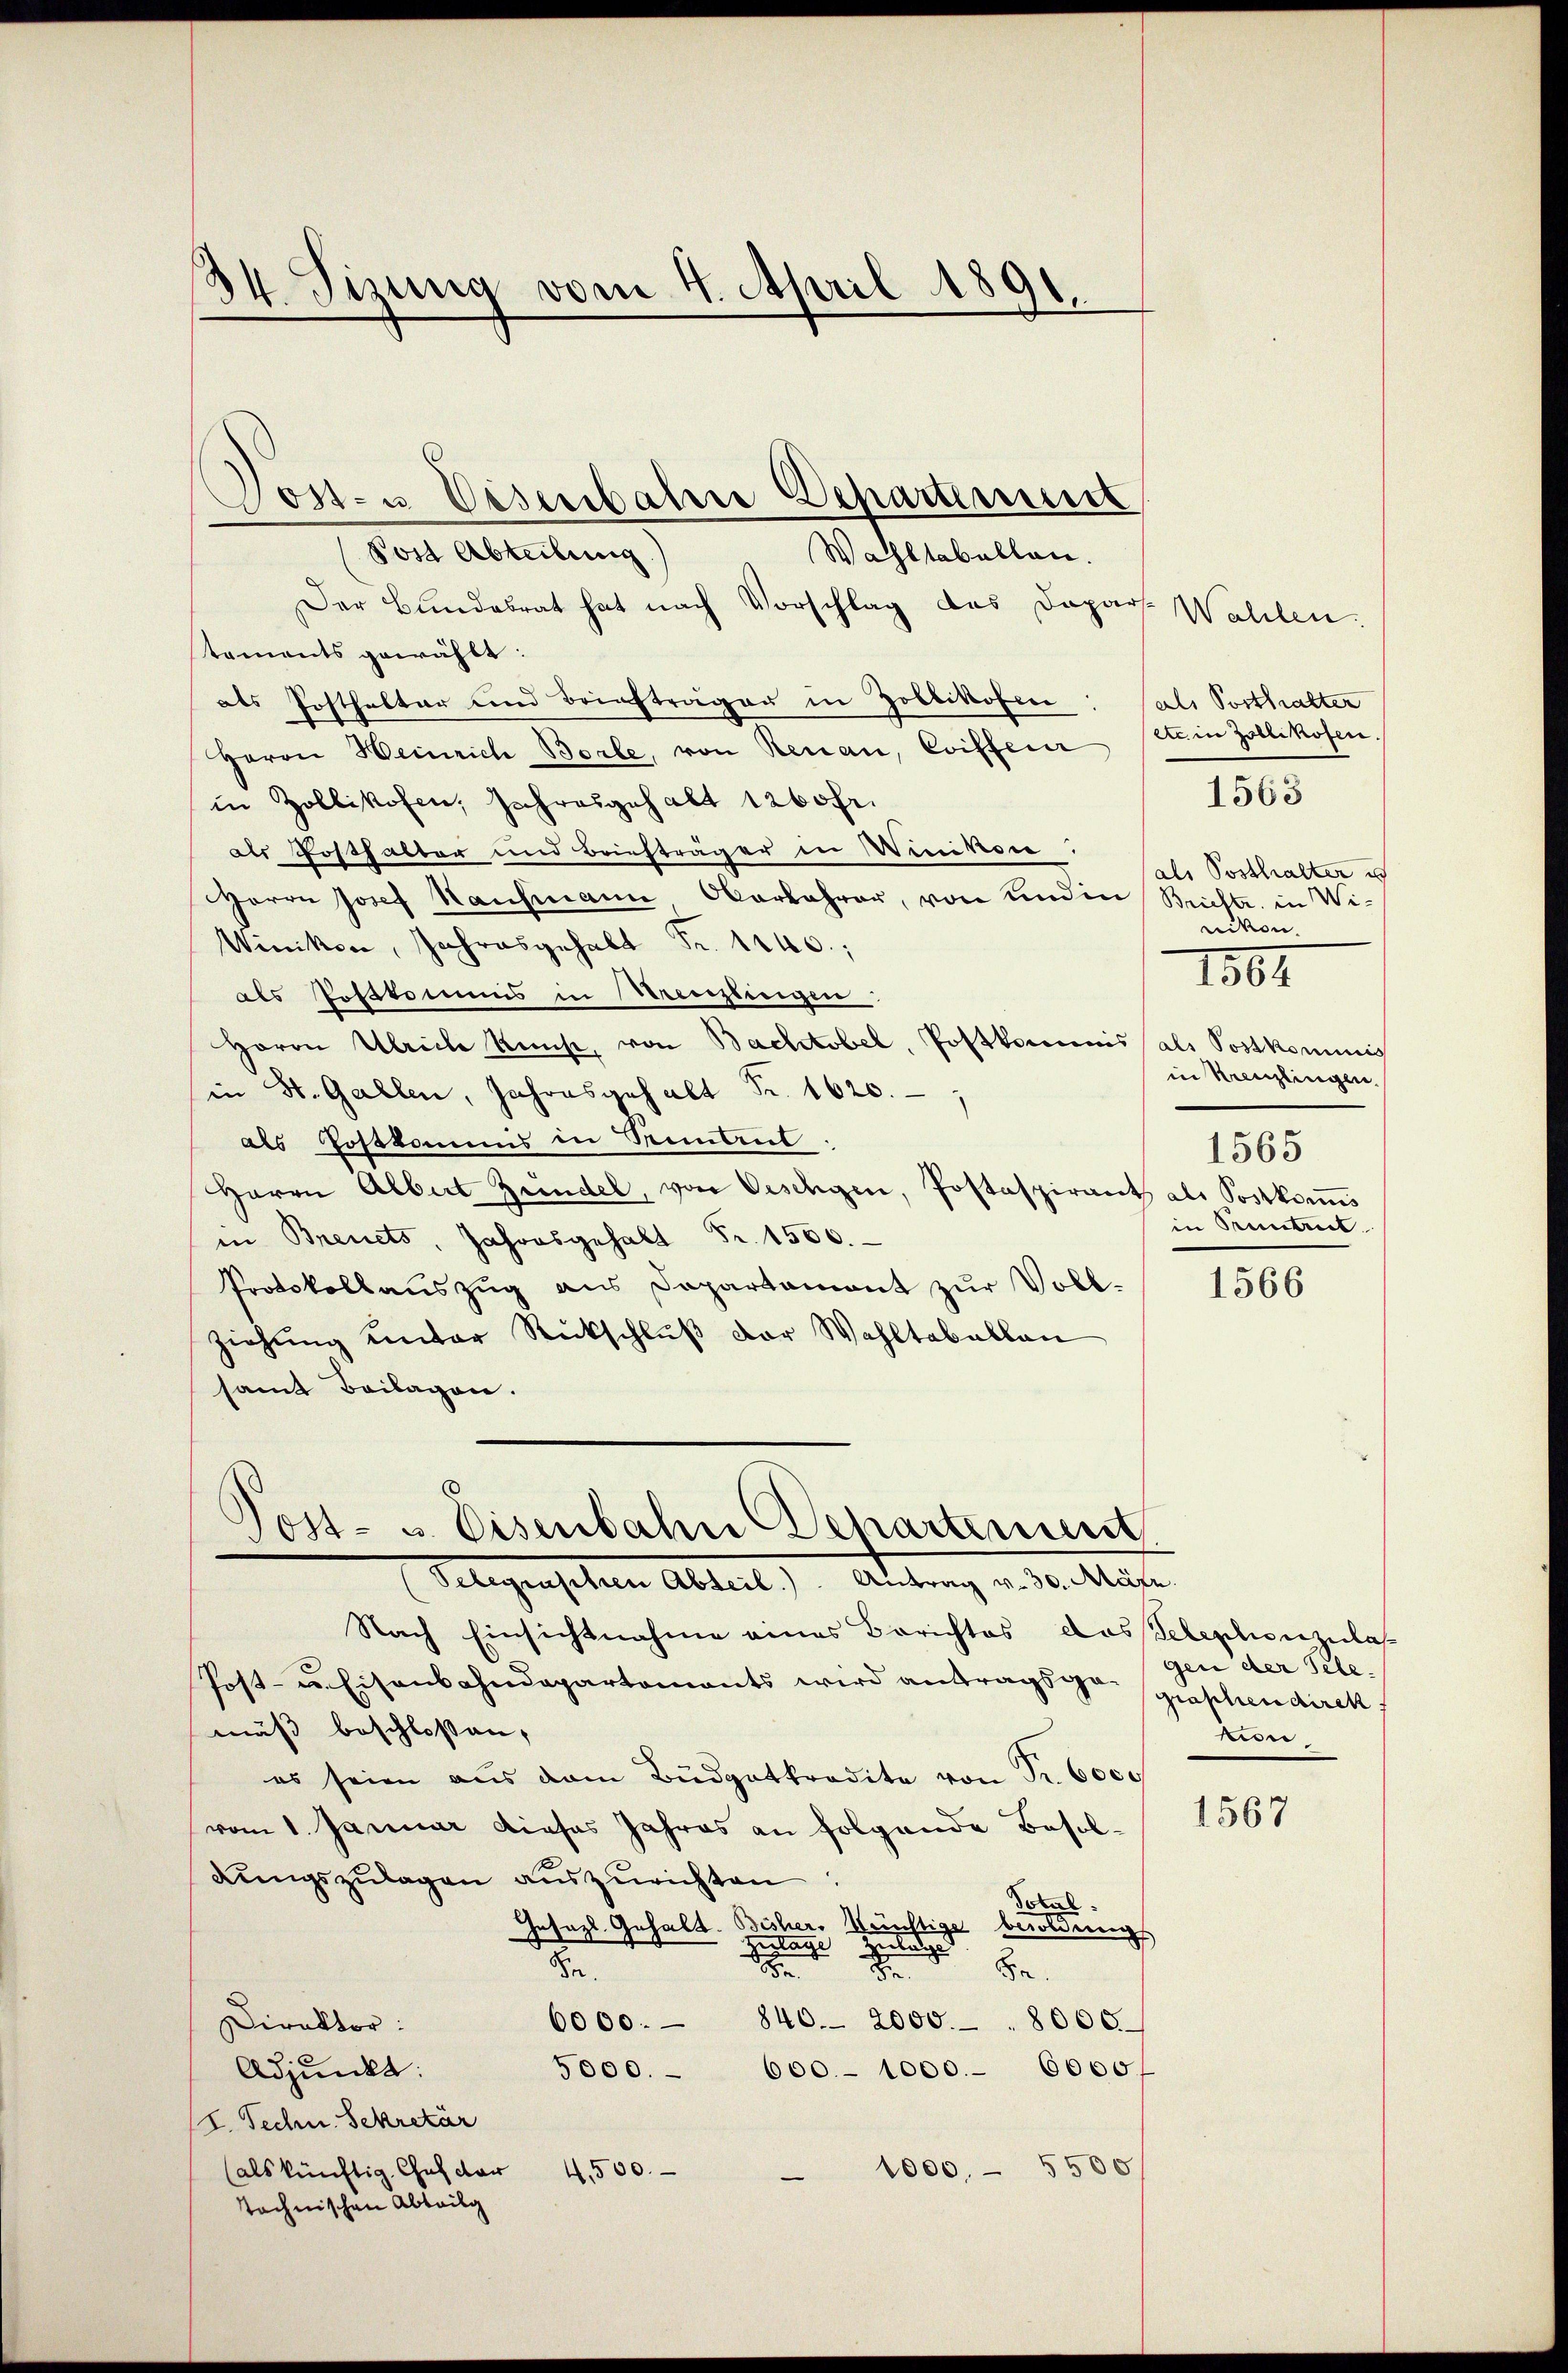
34. Sizung vom 4. April 1891.

Post- u. Eisenbahre Departement
Post Abteilung
Wahltabellen.
Der Bundesrat hat nach Vorschlag des Dapars. Wahlen.
toments gewählt:
als Posthalter und Briefträgen in Zollikofen
Herrn Weinrich Borte, von Renau, Coiffeur
in Zollikofen, Jahresgehalt 1260 fr.
als Posthalter und Briefträger in Winikon
Herrn Josef Kaufmann Oberbahrer, von und in Büchte in Wi¬
Winiker, Jahresgehalt Fr. 1240.
als Postkommis in Kreuzlingen:
Horon Ulriche Kunst, von Bachtobel, Postkommnis (als Postkommnis
in St. Gallen, Jahresgehalt Fr. 1620.
als Postkamms in Romant.
Herrn Albert Zündel, von Oeschigen, Postaspirant als Postkomis
in Breuets, Jahresgehalt Fr. 1500.
Protokollaŭszŭg aŭs Dapartament zŭr Voll-
ziehŭng unter Rückschlŭβ der Wahltabellan
samt Beilagen.

d
Post- u. Eisenbahn Departement
Telegenschen Abteil) Altrang v. M. keine
Nach Einsichtnahme eines Berichtes das Telephonzulas

Post- u. Eisenbahndepartements wird antrags der geschendirek
mäß beschloßen,
es seien aus dem Büdgetkredite von Fr. 6000
vom 1. Januar dieses Jahres an folgende Besoldungszulagen auszurichten
Schul
Insazl. Gehalt. Bisher. Künstige besoldungs
ertage

.
Be
e
6000.- 840. 2000.- . 8000
Direktor:
5000.- 600.- 1000.- 6000f
Adjunkt:
I. Techn. Sekretär
 1000. - 5500
(als künftig Chef der 4,500.
technischen Abteilg

als Posthalter
ete in Zollikofen.
als Posthalter u
nikon.
1567
in Kreuzlingen.
1565
in Pruntrut

1563

1566

gen der Telenon¬

1567